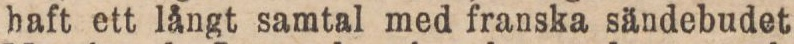
haft ett långt samtal med franska sändebudet